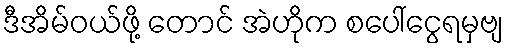
ဒီအိမ်ဝယ်ဖို့ တောင် အဲဟိုက စပေါ်ငွေရမှဗျ